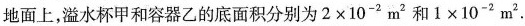
地面上，溢水杯甲和容器乙的底面积分别为$$2 × 1 0 ^ { - 2 } m ^ { 2 }$$ 和$$1 × 1 0 ^ { - 2 } m ^ { 2 }$$ .